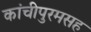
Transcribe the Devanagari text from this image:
कांचीपुरमसह